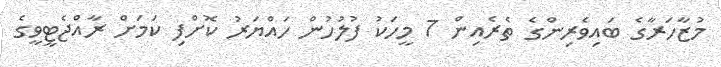
މުޒާހަރާގެ ބައިވެރިންގެ ތެރެއިން 7 މީހަކު ފުލުހުން ހައްޔަރު ކޮށްފި ކަމަށް ރާއްޖެޓީވީގެ